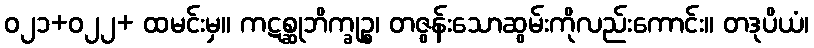
ဝ၂၁+ဝ၂၂+ ထမင်းမှ။ ကဋစ္ဆုဘိက္ခုဉ္စ၊ တဇွန်းသောဆွမ်းကိုလည်းကောင်း။ တဒုပိယံ၊